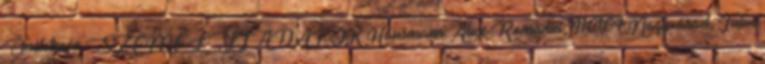
Önéletrajz SZEMÉLYI ADATOK Hausmann Alice Románia, 410104 Nagyvárad, Iuliu